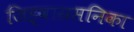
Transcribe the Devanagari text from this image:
जिह्वाग्रसनिका